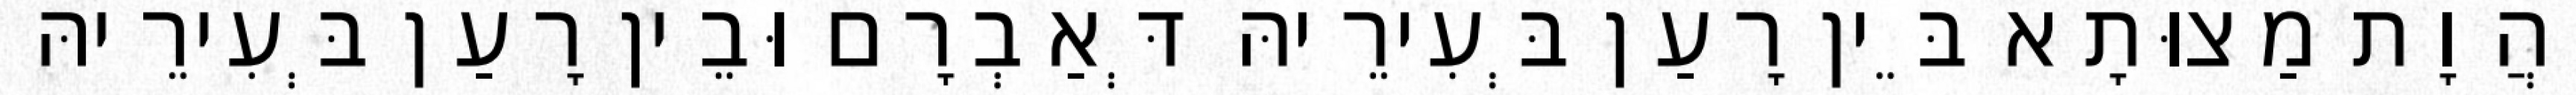
וַהֲוָת מַצוּתָא בֵּין רָעַן בְּעִירֵיהּ דְּאַבְרָם וּבֵין רָעַן בְּעִירֵיהּ